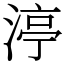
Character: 渟